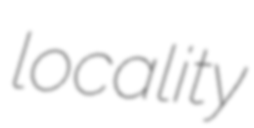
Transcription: locality